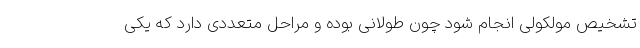
تشخیص مولکولی انجام شود چون طولانی بوده و مراحل متعددی دارد که یکی